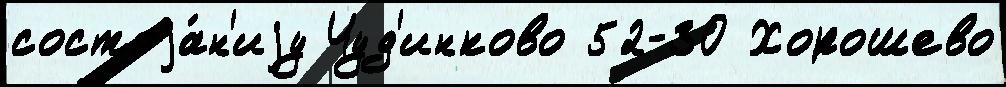
состоjа́н'иjу Чуд'инково 52-ЗО Хорошево